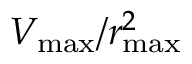
V _ { \operatorname* { m a x } } / r _ { \operatorname* { m a x } } ^ { 2 }